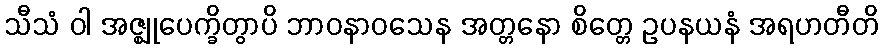
သီသံ ဝါ အဇ္ဈုပေက္ခိတွာပိ ဘာဝနာဝသေန အတ္တနော စိတ္တေ ဥပနယနံ အရဟတီတိ